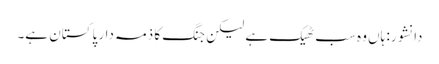
دانشور: ہاں وہ سب ٹھیک ہے لیکن جنگ کا ذمہ دار پاکستان ہے۔